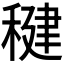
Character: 𫁀